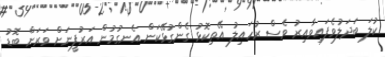
ކުލަ ބަދަލުވެފައިވާއިރު ވެސް ރުހައިލު އޭތިކޮޅު ގެންގުޅޭކަން އެނގުމުން އަރުފީނަށް ވަރަށް ބޮޑު